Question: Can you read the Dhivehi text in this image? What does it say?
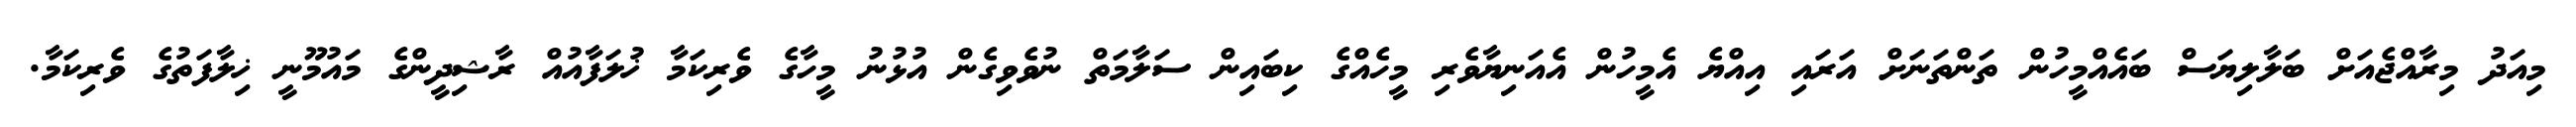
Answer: މިއަދު މިރާއްޖެއަށް ބަލާލިޔަސް ބައެއްމީހުން ތަންތަނަށް އަރައި އިއްޔެ އެމީހުން އެއަނިޔާވެރި މީހެއްގެ ކިބައިން ސަލާމަތް ނުވެވިގެން އުޅުނު މީހާގެ ވެރިކަމާ ޚުލަފާއުއް ރާޝިދީންގެ މައުމޫނީ ޚިލާފަތުގެ ވެރިކަމާ.